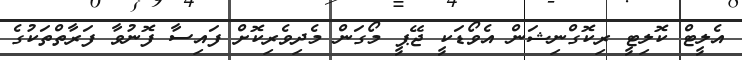
އެލީޓް ކޮލިޓީ ރިކޮގްނިޝަން އެވޯޑަކީ ޖޭޕީ މޯގަން މެދިވެރިކޮށް ފައިސާ ފޮނުވާ ފަރާތްތަކުގެ